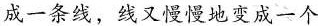
成一条线，线又慢慢地变成一个